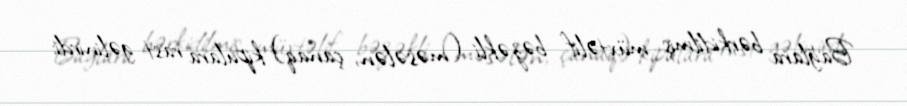
Bağlara bərkidilmiş müxtəlif bəzəkli (məsələn, çanaq) kipulara rast gəlinirdi;